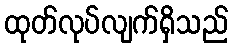
ထုတ်လုပ်လျက်ရှိသည်